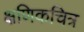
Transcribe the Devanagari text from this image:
क्षणिकचित्र